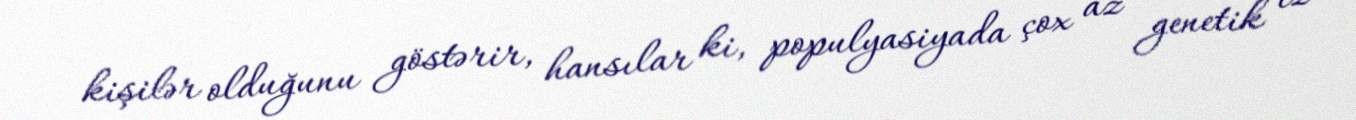
kişilər olduğunu göstərir, hansılar ki, populyasiyada çox az genetik iz